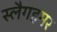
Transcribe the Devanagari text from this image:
स्लैगहमर